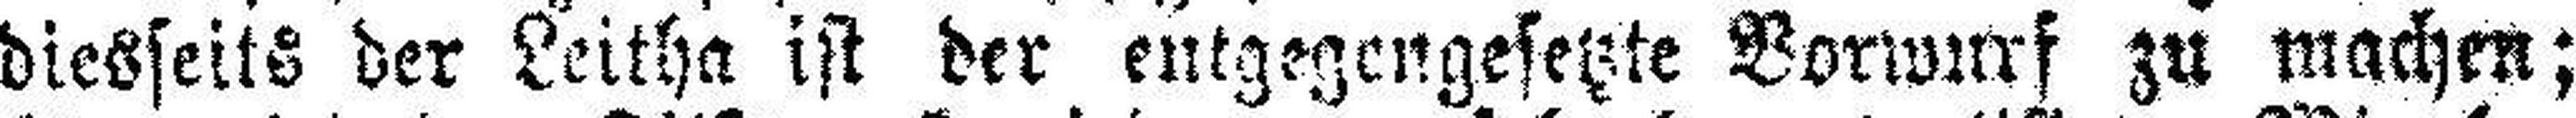
diesseits der Leitha ist der entgegengesetzte Vorwurf zu machen;